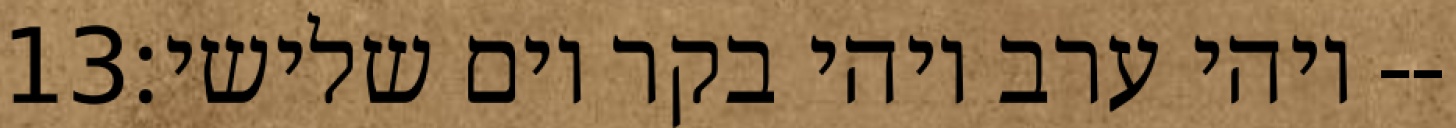
‎13‏ ויהי ערב ויהי בקר יום שלישי׃--